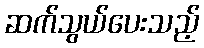
ဆက်သွယ်ပေးသည့်